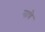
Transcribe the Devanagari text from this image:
नात्रे